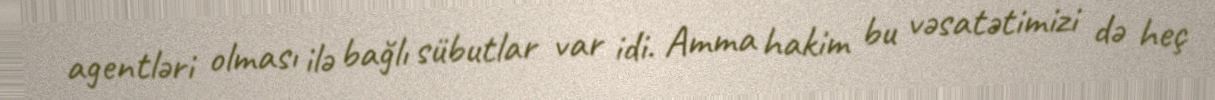
agentləri olması ilə bağlı sübutlar var idi. Amma hakim bu vəsatətimizi də heç